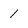
Character: 1